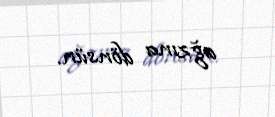
ağzına dönsün.